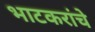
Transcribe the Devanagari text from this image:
भाटकरांचे